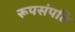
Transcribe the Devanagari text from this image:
रूपसंपति